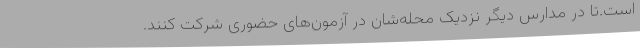
است.تا در مدارس دیگر نزدیک محله‌شان در آزمون‌های حضوری شرکت کنند.